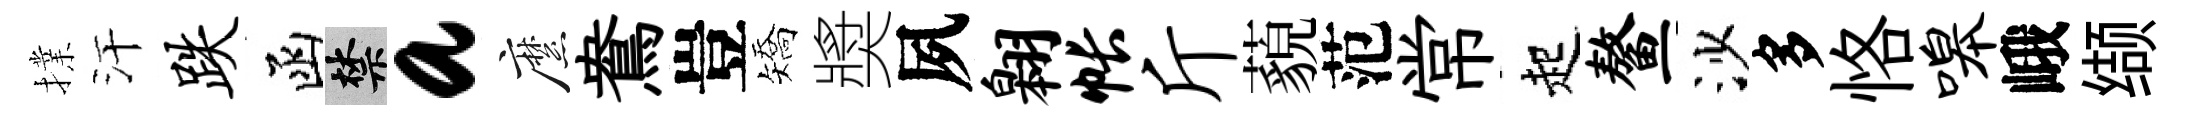
擈汗跌函禁a縻鴦豈矯奬夙翱帐斤藐范常起鳌沙多恪嗥峨缬